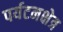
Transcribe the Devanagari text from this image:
पर्यटनक्षेत्र